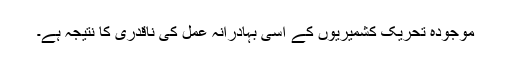
موجودہ تحریک کشمیریوں کے اسی بہادرانہ عمل کی ناقدری کا نتیجہ ہے۔